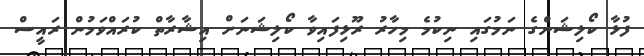
ފުޅާ ކޯލިޝަންގެ ނަމުގައި ނިކުމެ މިހާރު ރޫޅިފައިވާ ކޯލިޝަނަށް އިޝާރާތް ކުރައްވަމުން ރައީސް